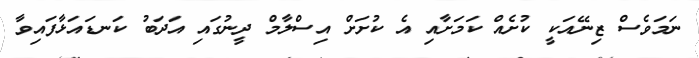
ނަމަވެސް ޒިނޭއަކީ ކުށެއް ކަމަށާއި އެ ކުށަށް އިސްލާމް ދީނުގައި އަދަބު ކަނޑައަޅާފައިވާ